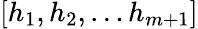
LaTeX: [h_{1},h_{2},\ldots h_{m+1}]